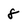
Character: 8